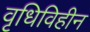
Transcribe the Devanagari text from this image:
वृधिविहीन